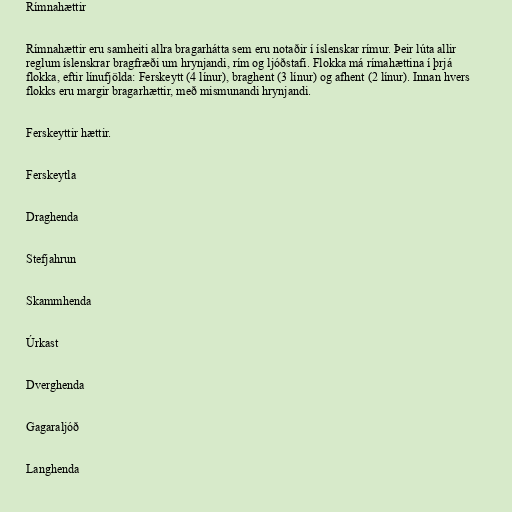
Rímnahættir

Rímnahættir eru samheiti allra bragarhátta sem eru notaðir í íslenskar rímur. Þeir lúta allir
reglum íslenskrar bragfræði um hrynjandi, rím og ljóðstafi. Flokka má rímahættina í þrjá
flokka, eftir línufjölda: Ferskeytt (4 línur), braghent (3 línur) og afhent (2 línur). Innan hvers
flokks eru margir bragarhættir, með mismunandi hrynjandi.

Ferskeyttir hættir.

Ferskeytla

Draghenda

Stefjahrun

Skammhenda

Úrkast

Dverghenda

Gagaraljóð

Langhenda